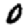
Digit: 0